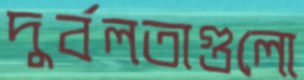
দুর্বলতাগুলো